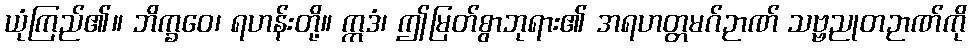
ယုံကြည်၏။ ဘိက္ခဝေ၊ ရဟန်းတို့။ ဣဒံ၊ ဤမြတ်စွာဘုရား၏ အရဟတ္တမဂ်ဉာဏ် သဗ္ဗညုတဉာဏ်ကို